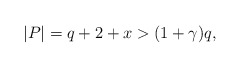
\begin{align*}|P|=q+2+x > (1+ \gamma) q,\end{align*}